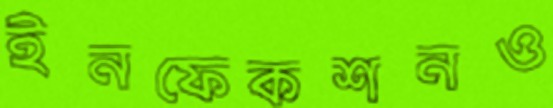
ইনফেকশনও